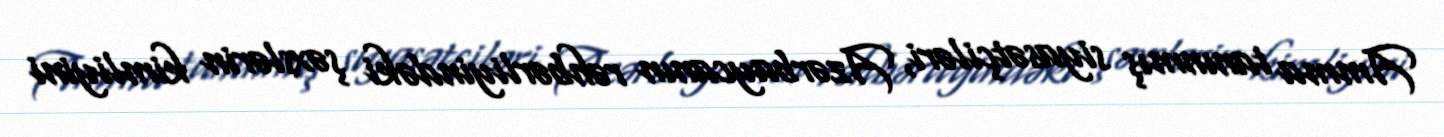
Amma tanınmış siyasətçiləri, Azərbaycanın rəhbərliyindəki şəxslərin kimliyini